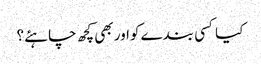
کیا کسی بندے کواور بھی کچھ چاہئے؟